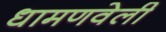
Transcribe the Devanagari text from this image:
धामणवेली